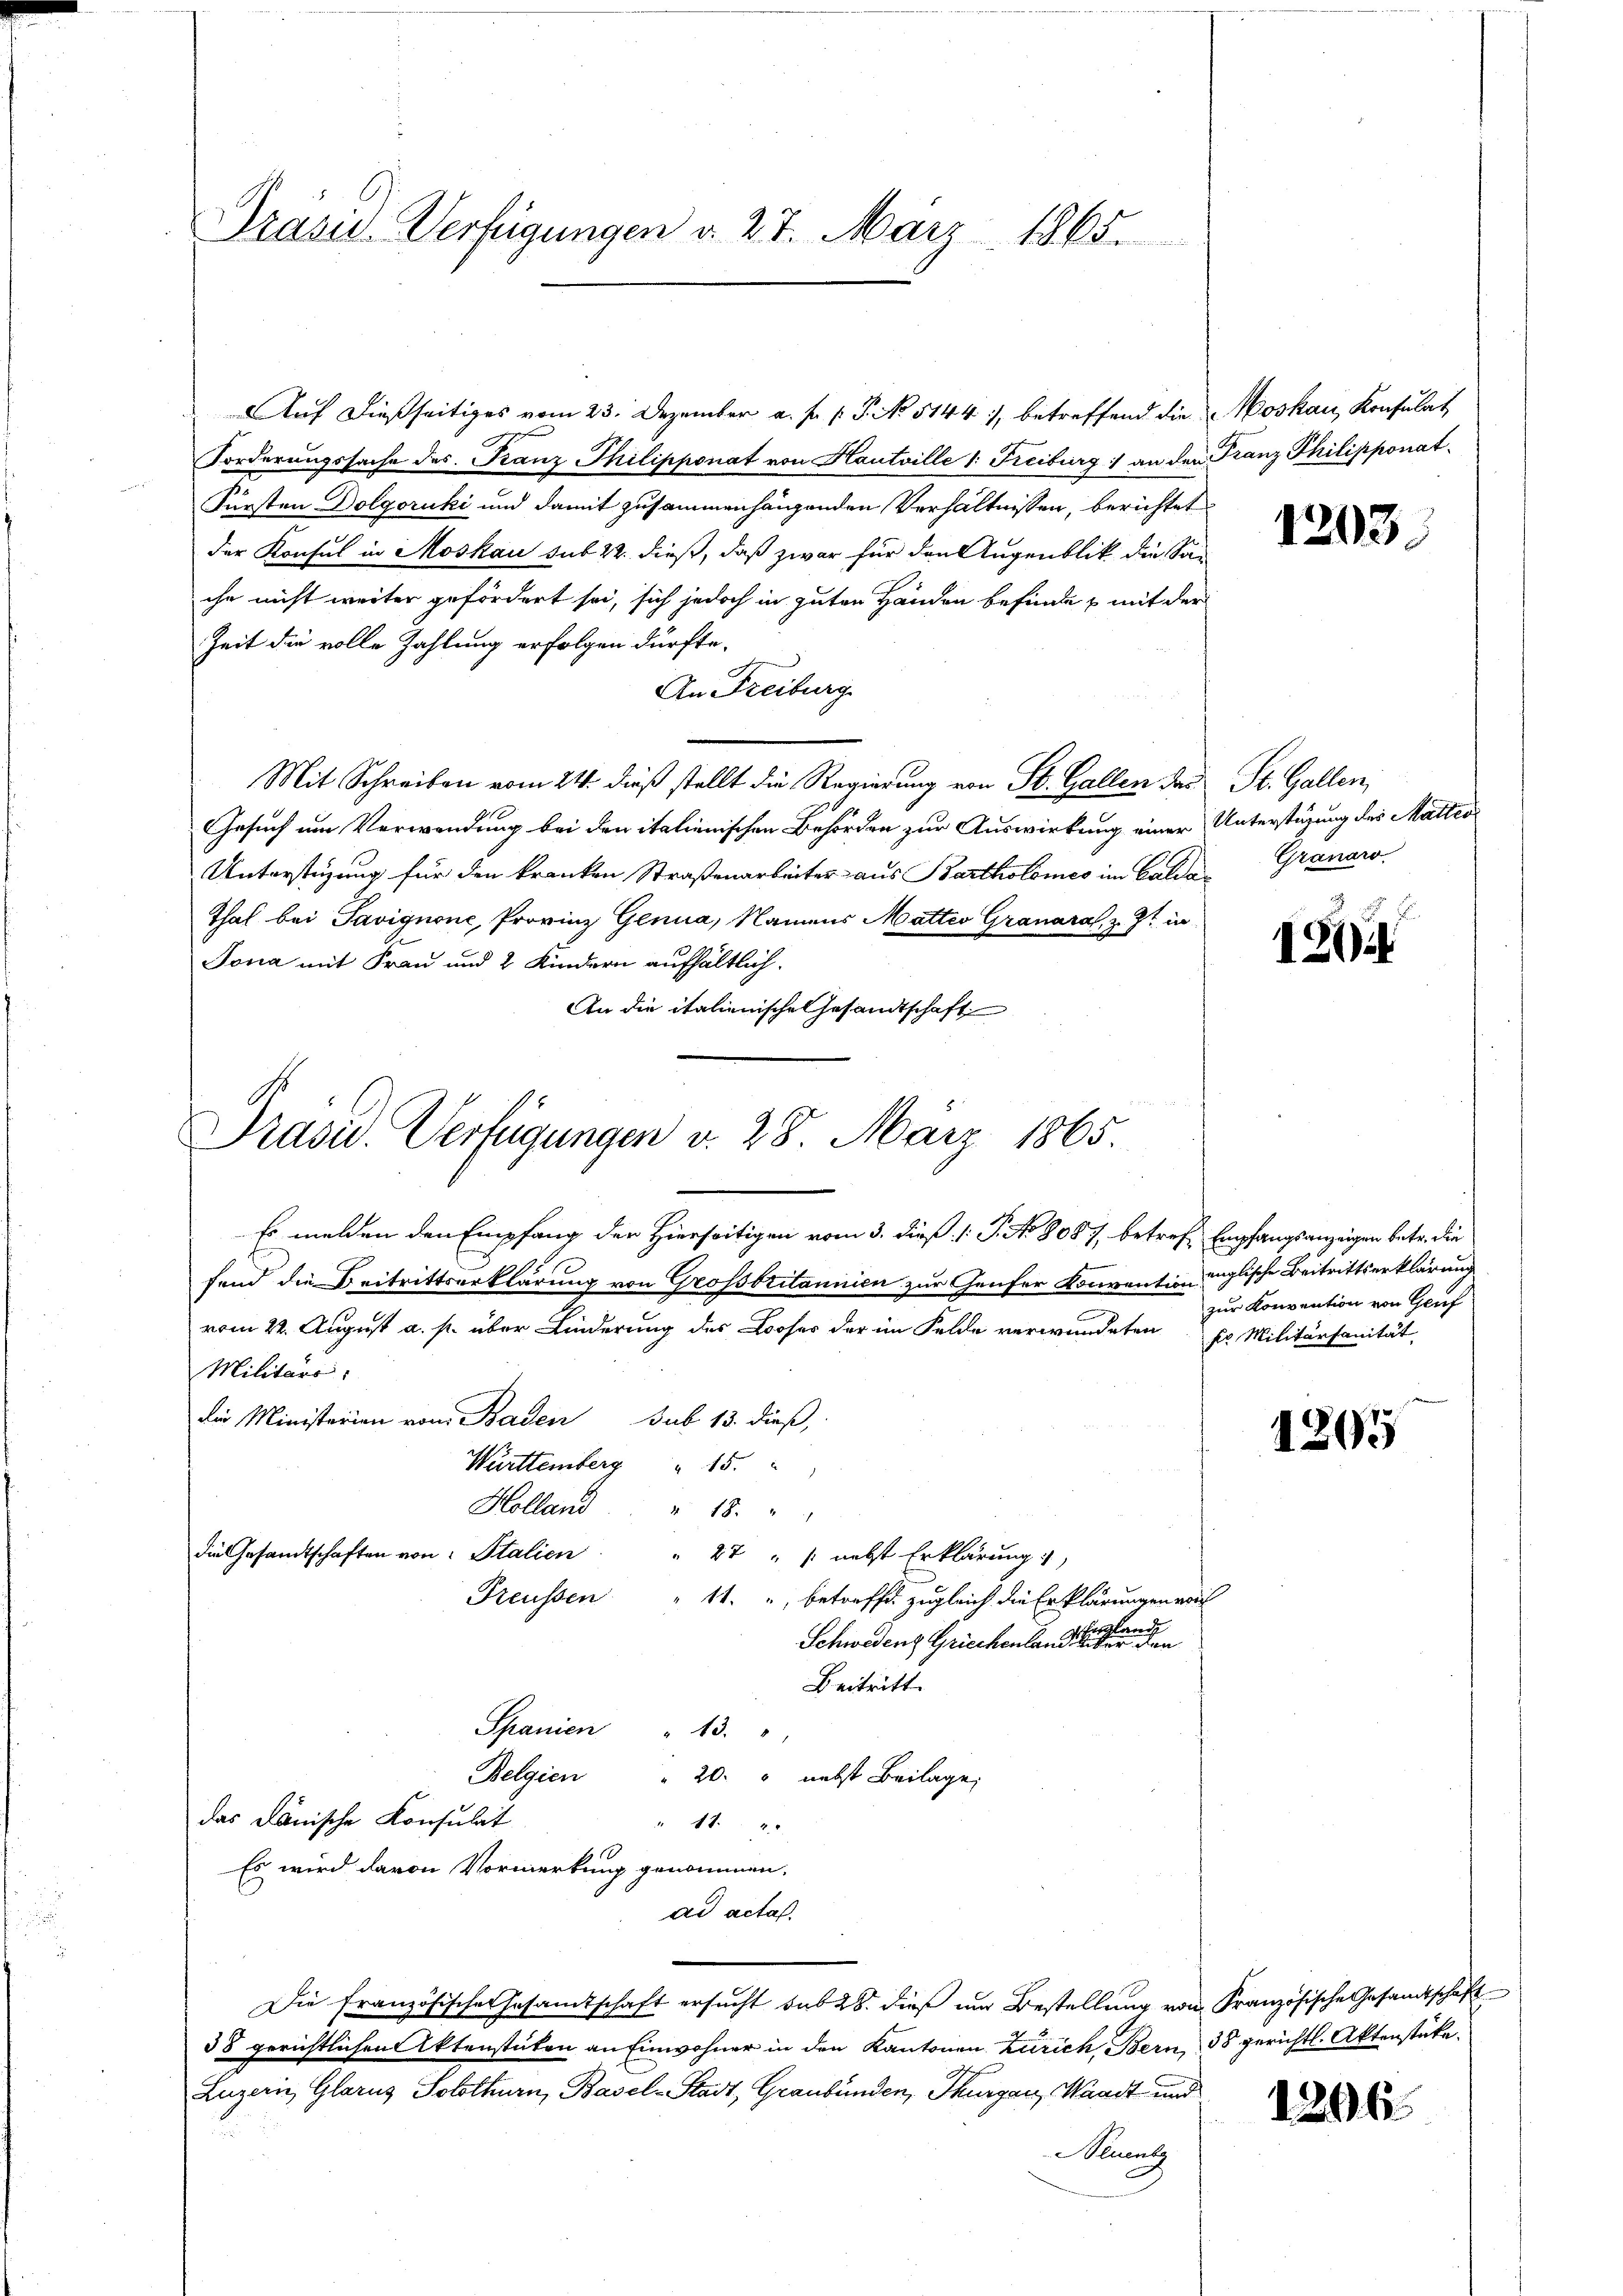
Präsid. Verfügungen d. 27. März 1865.

Auf dießseitiges vom 23. Dezember a. f. 1. P. No 5144), betreffend die Moskau, Konsulat
Forderungssache des Franz Thilipponat von Hautville 1: Freiburg :/ an den Franz Philipponat¬
Fürsten Dolgoruki und damit zusammenhängenden Verhältnissen, berichtet
der Konsul in Moskau sub 22. dieß, daß zwar für den Augenblik die Sache nicht weiter gefördert sei, sich jedoch in guten Händen befinde & mit der
Zeit die volle Zahlung erfolgen dürfte.
An Freiburg
Mit Schreiben vom 24. dieß stellt die Regierung von St. Gallen das
Gesuch um Verwendung bei den italienischen Behörden zur Auswirkung einer Unterstüzung des Mattes¬
Unterstüzung für den kranken Straßenarbeiter aus Bartholomes im Calda¬
Thal bei Savignone, Provinz Genua, Namens Matteo Granara, z. Zt. in
Jona mit Frau und 2 Kindern aufhältlich.
An die italienischen Gesandtschaft
Es melden den Empfang der Hierseitigen vom 3. dieß (: P. No. 8087, betreff Empfangsanzeigen betr. die
fend die Beitrittserklärung von Grossbritannien zur Genfer Konvention englische Beitrittserklärung
vom 22. August a. p. über Linderung des Looser der im Felde verwundeten pr. Militärsanität
Militärs.
die Ministerien vom Baden sub 13. dieß,
Württemberg " 15.
Holland " " 18. "
die Gesandtschaften von Italien
27 " " nebst Erklärung
Freussen
11. betreffen zugleich die Erklärungen vorh
glande
Schwedenz Griechenland die er den
Beitritt.
Spanien
" 43.
Belgien " 20. " nebst Beilage,
das Dänische Konsulat
17.20
Es wird davon Vormerkung genommen.
ad actas.
Die französischen Gesamtschaft ersucht sub 28. dieß um Bestellung von Französische Gesandtschaft
38 gerichtlichen Aktenstuten an Einwohner in den Kantonen Zürich Bern, 38 gerichtl. Aktenstücke.
Luzern, Glarus Solothurn, Basel-Stadt, Graubünden, Thurgau, Waadt und
Neuenbe

Präsid. Verfügungen v. 28. März 1865.

1203.

St. Gallen,
Granaro.

1212

zur Konvention von Gruf

1205

1206.